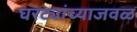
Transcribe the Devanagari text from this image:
घरट्यांच्याजवळ